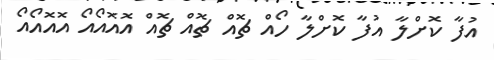
އުފާ ކޮށްލާ އުފާ ކޮށްލާ ހޯއް ޗޮއް ޗޮއް ޗޮއް އޮއޮއޯއޯ އޮއޮއޯއޯ